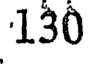
130